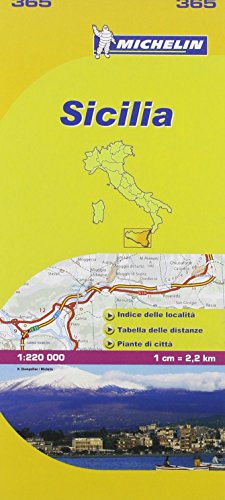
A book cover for Michelin Map: Sicilia 365 ( Italy Sicily) (Maps/Local (Michelin)) (Italian Edition); Michelin; Travel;